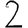
Digit: 2